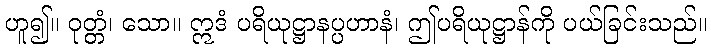
ဟူ၍။ ဝုတ္တံ၊ သော။ ဣဒံ ပရိယုဋ္ဌာနပ္ပဟာနံ၊ ဤပရိယုဋ္ဌာန်ကို ပယ်ခြင်းသည်။